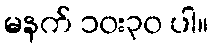
မနက် ၁၀း၃၀ ပါ။